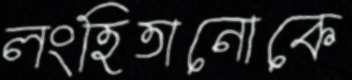
লংহিতানোকে